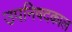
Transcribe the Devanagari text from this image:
उपनिषदकाल